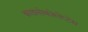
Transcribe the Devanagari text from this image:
क्राइसोकोलेप्टेस